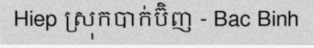
Hiep ស្រុកបាក់ប៊ិញ - Bac Binh